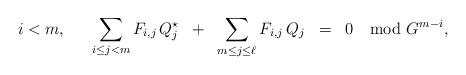
LaTeX: \begin{align*} i < m, \;\; \quad\sum_{i\le j< m} F_{i,j}\, Q^{\star}_j \;\;+\;\; \sum_{m\le j\le\ell} F_{i,j}\, Q_j \;\;=\;\; 0 \mod G^{m-i},\end{align*}